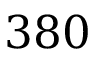
3 8 0